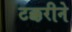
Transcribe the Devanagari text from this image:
टक्करीने